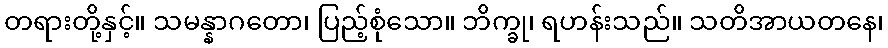
တရားတို့နှင့်။ သမန္နာဂတော၊ ပြည့်စုံသော။ ဘိက္ခု၊ ရဟန်းသည်။ သတိအာယတနေ၊